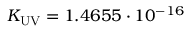
K _ { \mathrm { U V } } = 1 . 4 6 5 5 \cdot 1 0 ^ { - 1 6 }